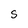
Character: S